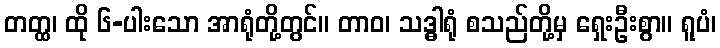
တတ္ထ၊ ထို ၆-ပါးသော အာရုံတို့တွင်။ တာဝ၊ သဒ္ဓါရုံ စသည်တို့မှ ရှေးဦးစွာ။ ရူပံ၊